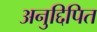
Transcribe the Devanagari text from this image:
अनुद्दिपित